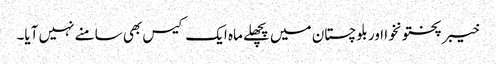
خیبر پختونخوا اور بلوچستان میں پچھلے ماہ ایک کیس بھی سامنے نہیں آیا۔